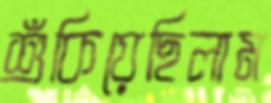
শুঁকিয়েছিলাম